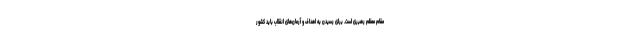
مقام معظم رهبری است. برای رسیدن به اهداف و آرمان‌های انقلاب باید کشور